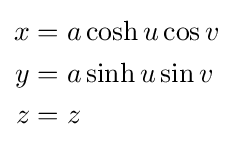
{\begin{aligned}x&=a\cosh u\cos v\\y&=a\sinh u\sin v\\z&=z\end{aligned}}